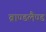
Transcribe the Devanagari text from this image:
ब्राण्डलैण्ड